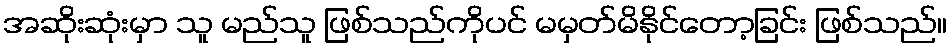
အဆိုးဆုံးမှာ သူ မည်သူ ဖြစ်သည်ကိုပင် မမှတ်မိနိုင်တော့ခြင်း ဖြစ်သည်။